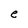
Character: e